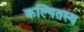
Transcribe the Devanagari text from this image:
कल्पितस्य